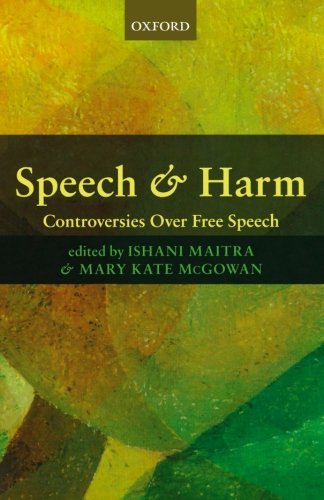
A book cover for Speech and Harm: Controversies Over Free Speech; Law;